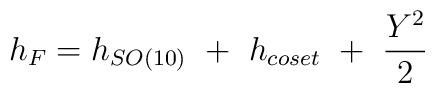
h_F= h_{SO(10)}\ +\  h_{coset} \ +\ {{Y^2}\over 2}